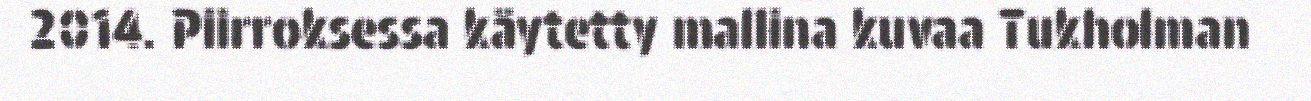
2014. Piirroksessa käytetty mallina kuvaa Tukholman